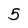
Character: 5